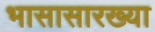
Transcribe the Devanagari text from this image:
भासासारख्या